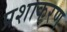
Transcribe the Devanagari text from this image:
प्रशाकरण